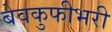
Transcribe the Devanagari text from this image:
बेवकुफीभरी